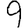
Digit: 9